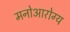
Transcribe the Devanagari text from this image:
मनोआरोग्य